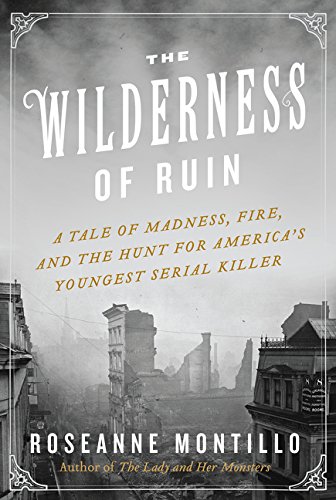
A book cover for The Wilderness of Ruin: A Tale of Madness, Fire, and the Hunt for America's Youngest Serial Killer; Roseanne Montillo; Biographies & Memoirs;